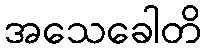
အသေခေါတိ